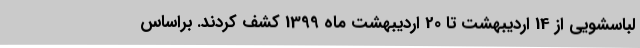
لباسشویی از 14 اردیبهشت تا 20 اردیبهشت ماه 1399 کشف کردند. براساس